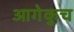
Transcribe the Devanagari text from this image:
आगेकुच